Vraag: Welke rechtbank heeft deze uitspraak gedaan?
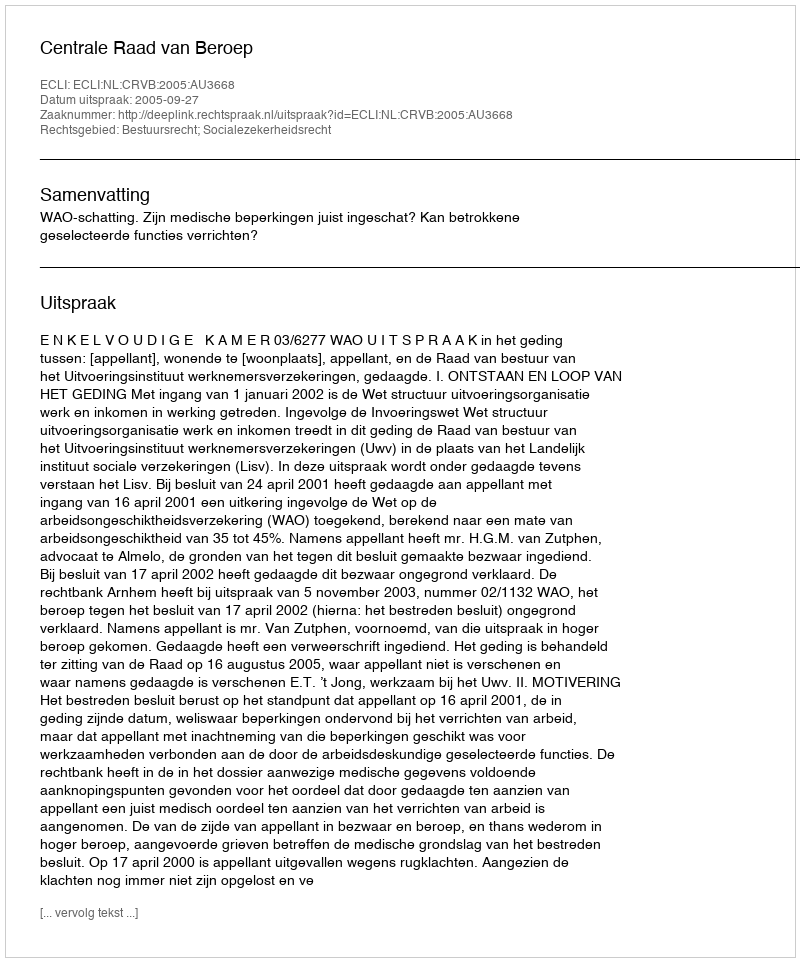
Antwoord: Centrale Raad van Beroep